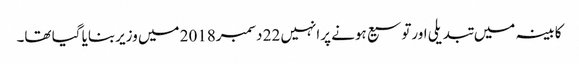
کابینہ میں تبدیلی اورتوسیع ہونے پرانہیں 22 دسمبر2018 میں وزیربنایا گیا تھا۔